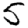
Digit: 5